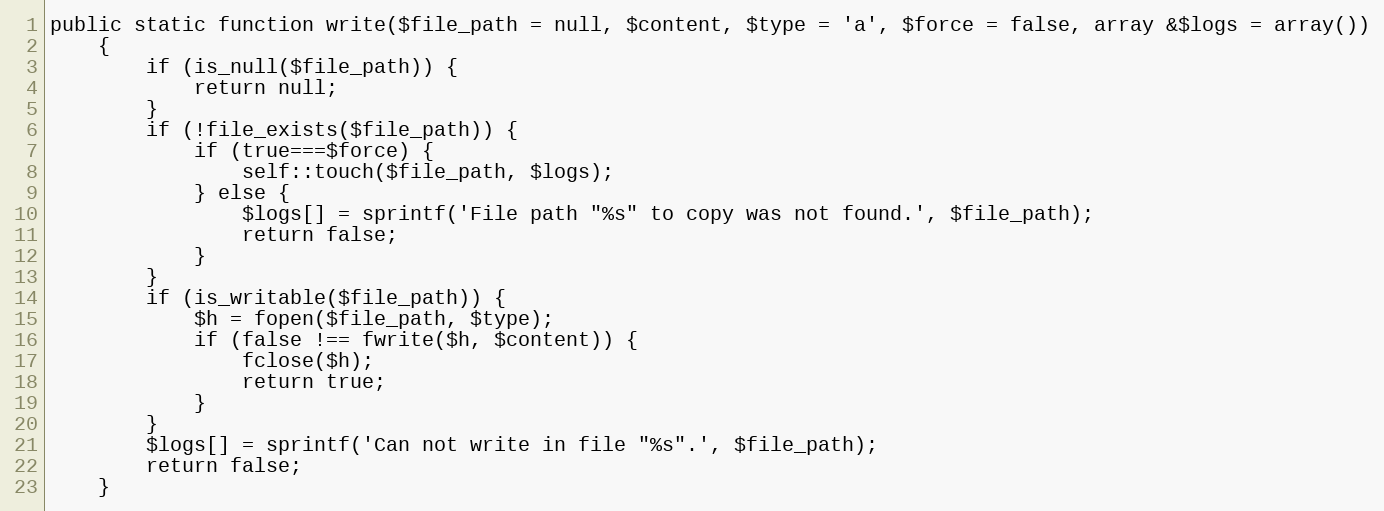
Language: PHP
public static function write($file_path = null, $content, $type = 'a', $force = false, array &$logs = array())
    {
        if (is_null($file_path)) {
            return null;
        }
        if (!file_exists($file_path)) {
            if (true===$force) {
                self::touch($file_path, $logs);
            } else {
                $logs[] = sprintf('File path "%s" to copy was not found.', $file_path);
                return false;
            }
        }
        if (is_writable($file_path)) {
            $h = fopen($file_path, $type);
            if (false !== fwrite($h, $content)) {
                fclose($h);
                return true;
            }
        }
        $logs[] = sprintf('Can not write in file "%s".', $file_path);
        return false;
    }